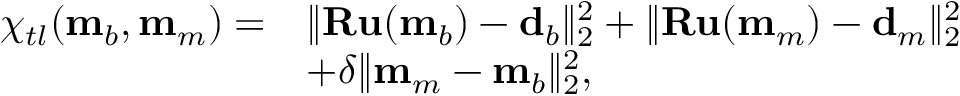
\begin{array} { r l } { \chi _ { t l } ( \mathbf { m } _ { b } , \mathbf { m } _ { m } ) = } & { \| \mathbf { R u } ( \mathbf { m } _ { b } ) - \mathbf { d } _ { b } \| _ { 2 } ^ { 2 } + \| \mathbf { R u } ( \mathbf { m } _ { m } ) - \mathbf { d } _ { m } \| _ { 2 } ^ { 2 } } \\ & { + \delta \| \mathbf { m } _ { m } - \mathbf { m } _ { b } \| _ { 2 } ^ { 2 } , } \end{array}